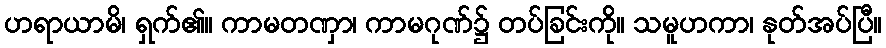
ဟရာယာမိ၊ ရှက်၏။ ကာမတဏှာ၊ ကာမဂုဏ်၌ တပ်ခြင်းကို။ သမူဟကာ၊ နုတ်အပ်ပြီ။